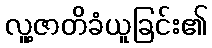
လူ့ဇာတိခံယူခြင်း၏